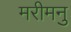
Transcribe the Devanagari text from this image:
मरीमनु